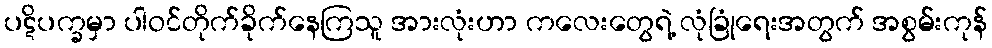
ပဋိပက္ခမှာ ပါဝင်တိုက်ခိုက်နေကြသူ အားလုံးဟာ ကလေးတွေရဲ့ လုံခြုံရေးအတွက် အစွမ်းကုန်